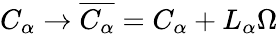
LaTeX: C_{\alpha}\to\overline{{{C_{\alpha}}}}=C_{\alpha}+L_{\alpha}\Omega